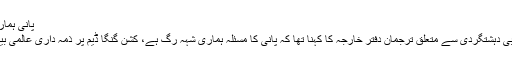
پانی ہماری شہہ رگ
بھارت کی آبی دہشتگردی سے متعلق ترجمان دفتر خارجہ کا کہنا تھا کہ پانی کا مسئلہ ہماری شہہ رگ ہے، کشن گنگا ڈیم پر ذمہ داری عالمی بینک کی ہے۔